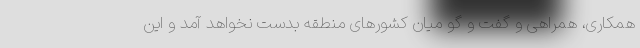
همکاری، همراهی و گفت و گو میان کشورهای منطقه بدست نخواهد آمد و این